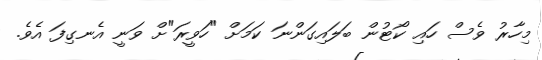
މިހާރު ވެސް ހައި ކޯޓުން ބަލައިގަންނަ ކަމަށް "ހަވީރަ"ށް ވަނީ އެނގިފަ އެވެ.